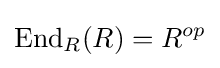
\operatorname {End} _{R}(R)=R^{op}